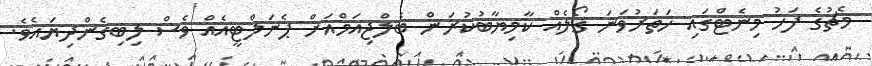
މެޗުގެ ފަހު މިނެޓްގައި ހަތަރުވަނަ ގޯލެއް ކާމިޔާބުކުރަން ބެލްޖިއަމްއަށް ޕެނަލްޓީއެއް ވެސް ލިބިގެންދިޔައެވެ.